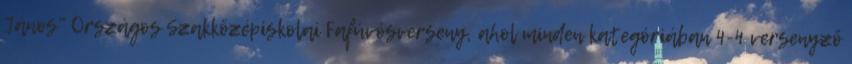
János" Országos Szakközépiskolai Fafúvósverseny, ahol minden kategóriában 4-4 versenyző